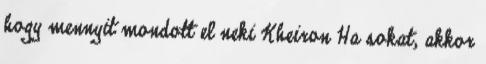
hogy mennyit mondott el neki Kheiron Ha sokat, akkor